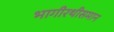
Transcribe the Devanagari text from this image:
भागीरथीसमान